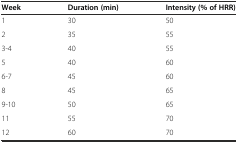
| Week | Duration (min) | Intensity (% of HRR) |
 | --- | --- | --- |
 | 1 | 30 | 50 |
 | 2 | 35 | 55 |
 | 3-4 | 40 | 55 |
 | 5 | 40 | 60 |
 | 6-7 | 45 | 60 |
 | 8 | 45 | 65 |
 | 9-10 | 50 | 65 |
 | 11 | 55 | 70 |
 | 12 | 60 | 70 |